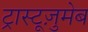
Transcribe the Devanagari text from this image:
ट्रास्टूज़ुमेब